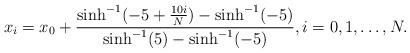
LaTeX: \begin{align*} x_i = x_0 + \frac{\sinh^{-1}(-5 + \frac{10 i}{N}) - \sinh^{-1}(-5)}{ \sinh^{-1}(5) - \sinh^{-1}(-5)}, i=0,1,\ldots,N.\end{align*}